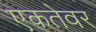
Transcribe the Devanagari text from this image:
एकतेवर